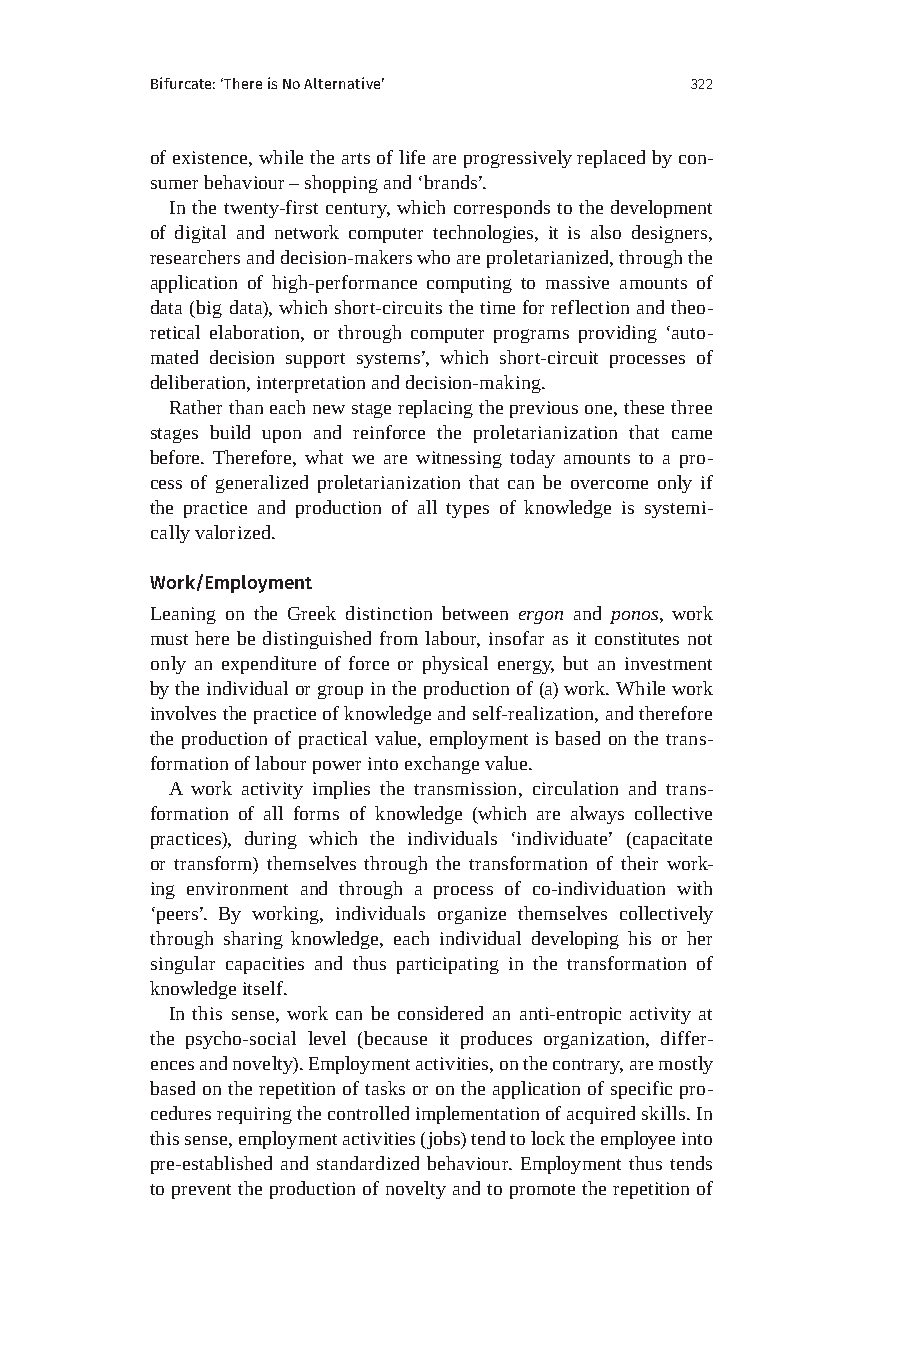
Bifurcate: ‘There is No Alternative’ 322
 of existence, while the arts of life are progressively replaced by con-
 sumer behaviour – shopping and ‘brands’.
 In the twenty-first century, which corresponds to the development
 of digital and network computer technologies, it is also designers,
 researchers and decision-makers who are proletarianized, through the
 application of high-performance computing to massive amounts of
 data (big data), which short-circuits the time for reflection and theo-
 retical elaboration, or through computer programs providing ‘auto-
 mated decision support systems’, which short-circuit processes of
 deliberation, interpretation and decision-making.
 Rather than each new stage replacing the previous one, these three
 stages build upon and reinforce the proletarianization that came
 before. Therefore, what we are witnessing today amounts to a pro-
 cess of generalized proletarianization that can be overcome only if
 the practice and production of all types of knowledge is systemi-
 cally valorized.
 Work/Employment
 Leaning on the Greek distinction between ergon and ponos, work
 must here be distinguished from labour, insofar as it constitutes not
 only an expenditure of force or physical energy, but an investment
 by the individual or group in the production of (a) work. While work
 involves the practice of knowledge and self-realization, and therefore
 the production of practical value, employment is based on the trans-
 formation of labour power into exchange value.
 A work activity implies the transmission, circulation and trans-
 formation of all forms of knowledge (which are always collective
 practices), during which the individuals ‘individuate’ (capacitate
 or transform) themselves through the transformation of their work-
 ing environment and through a process of co-individuation with
 ‘peers’. By working, individuals organize themselves collectively
 through sharing knowledge, each individual developing his or her
 singular capacities and thus participating in the transformation of
 knowledge itself.
 In this sense, work can be considered an anti-entropic activity at
 the psycho-social level (because it produces organization, differ-
 ences and novelty). Employment activities, on the contrary, are mostly
 based on the repetition of tasks or on the application of specific pro-
 cedures requiring the controlled implementation of acquired skills. In
 this sense, employment activities (jobs) tend to lock the employee into
 pre-established and standardized behaviour. Employment thus tends
 to prevent the production of novelty and to promote the repetition of